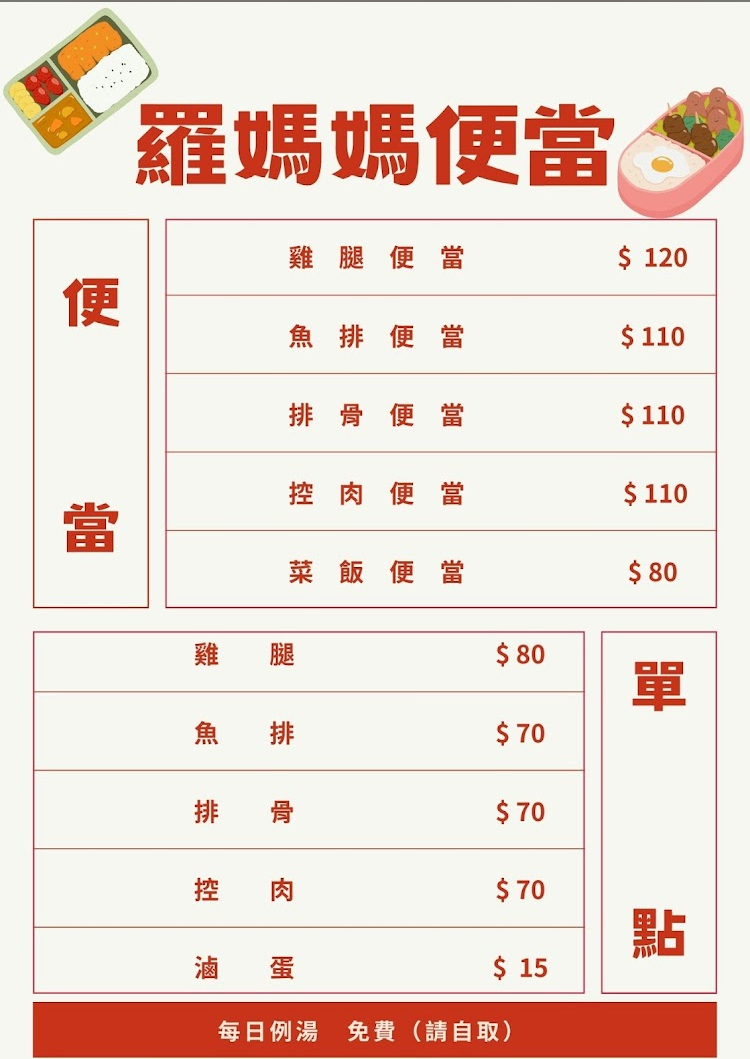
餐廳：羅媽媽便當
菜單：
name: 雞腿便當
price: 120
name: 魚排便當
price: 110
name: 排骨便當
price: 110
name: 菜飯便當
price: 110
name: 雞腿
price: 70
name: 魚排
price: 70
name: 排骨
price: 70
name: 控肉
price: 70
name: 滷蛋
price: 15